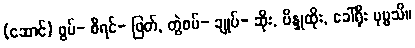
(ဆောင်) ဖွပ်- စီရင်- ဖြတ်, တွဲစပ်- ချုပ်- ဆိုး, ဗိန္ဒုထိုး, ခေါ်ရိုး ပုဗ္ဗသိ။